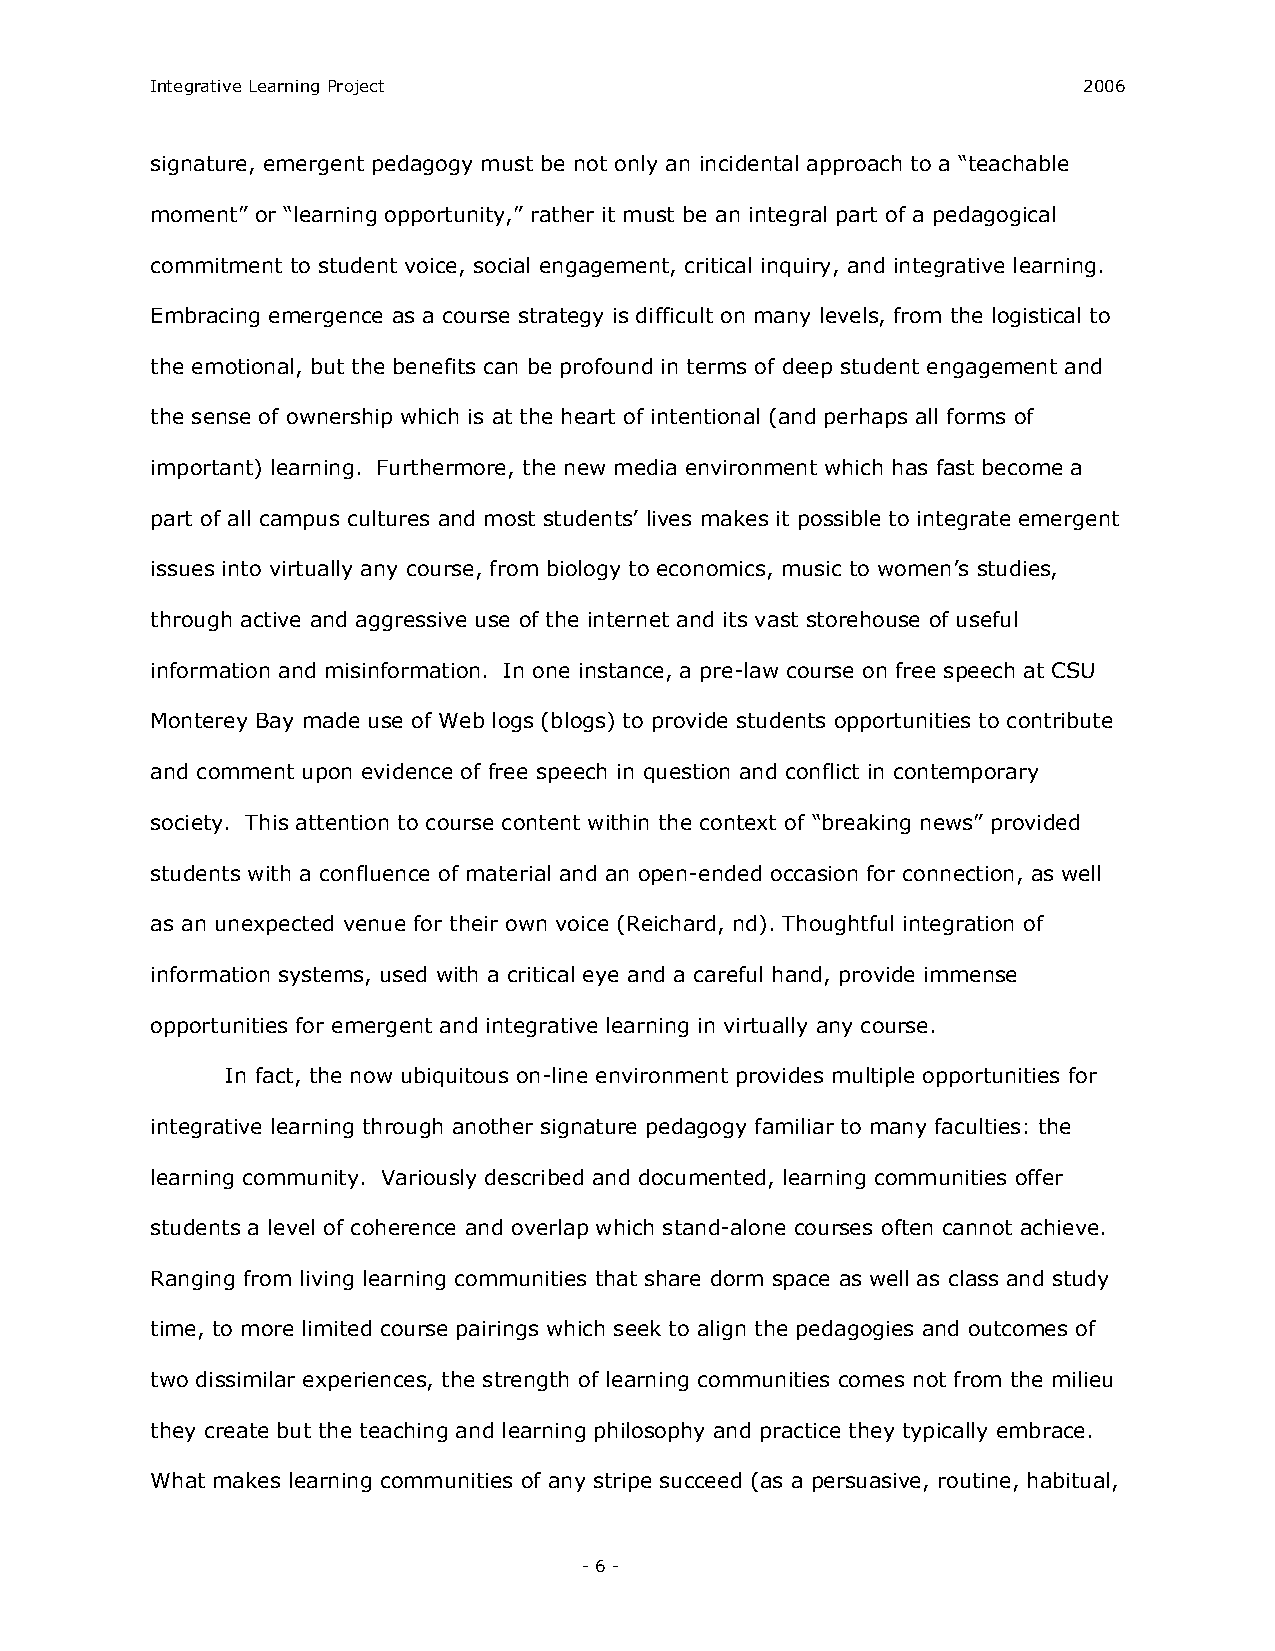
Integrative Learning Project                                  2006
 signature, emergent pedagogy must be not only an incidental approach to a “teachable
 moment” or “learning opportunity,” rather it must be an integral part of a pedagogical
 commitment to student voice, social engagement, critical inquiry, and integrative learning.
 Embracing emergence as a course strategy is difficult on many levels, from the logistical to
 the emotional, but the benefits can be profound in terms of deep student engagement and
 the sense of ownership which is at the heart of intentional (and perhaps all forms of
 important) learning. Furthermore, the new media environment which has fast become a
 part of all campus cultures and most students’ lives makes it possible to integrate emergent
 issues into virtually any course, from biology to economics, music to women’s studies,
 through active and aggressive use of the internet and its vast storehouse of useful
 information and misinformation. In one instance, a pre­law course on free speech at CSU
 Monterey Bay made use of Web logs (blogs) to provide students opportunities to contribute
 and comment upon evidence of free speech in question and conflict in contemporary
 society. This attention to course content within the context of “breaking news” provided
 students with a confluence of material and an open­ended occasion for connection, as well
 as an unexpected venue for their own voice (Reichard, nd). Thoughtful integration of
 information systems, used with a critical eye and a careful hand, provide immense
 opportunities for emergent and integrative learning in virtually any course.
 In fact, the now ubiquitous on­line environment provides multiple opportunities for
 integrative learning through another signature pedagogy familiar to many faculties: the
 learning community. Variously described and documented, learning communities offer
 students a level of coherence and overlap which stand­alone courses often cannot achieve.
 Ranging from living learning communities that share dorm space as well as class and study
 time, to more limited course pairings which seek to align the pedagogies and outcomes of
 two dissimilar experiences, the strength of learning communities comes not from the milieu
 they create but the teaching and learning philosophy and practice they typically embrace.
 What makes learning communities of any stripe succeed (as a persuasive, routine, habitual,
 ­ 6 ­